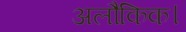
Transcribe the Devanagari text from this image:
अलौकिक।